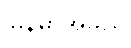
မြန်မာအမည်